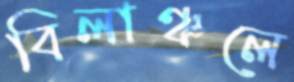
বিলাঞ্চলে